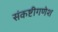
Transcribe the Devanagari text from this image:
संकष्टीगणेश